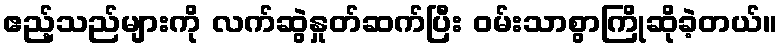
ဧည့်သည်များကို လက်ဆွဲနှုတ်ဆက်ပြီး ဝမ်းသာစွာကြိုဆိုခဲ့တယ်။